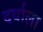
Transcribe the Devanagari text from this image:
दर्याला